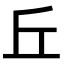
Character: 丘